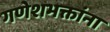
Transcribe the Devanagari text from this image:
गणेशभक्तांना